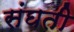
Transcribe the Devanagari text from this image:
संघती